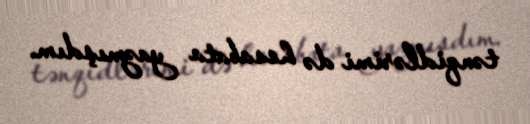
tənqidlərimi də hesabata yazmışdım.